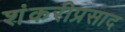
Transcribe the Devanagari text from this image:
शंकरीप्रसाद